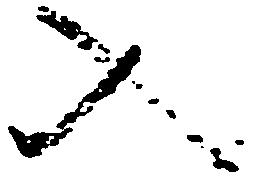
入